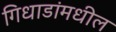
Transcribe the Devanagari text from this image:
गिधाडांमधील